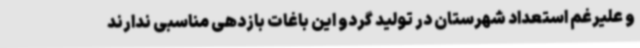
و علیرغم استعداد شهرستان در تولید گردو این باغات بازدهی مناسبی ندارند